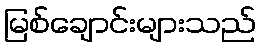
မြစ်ချောင်းများသည်